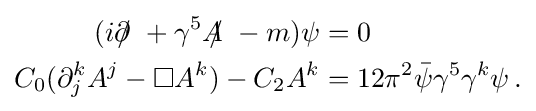
{\begin{aligned}(i\partial \!\!\!/\ +\gamma ^{5}A\!\!\!/\ -m)\psi &=0\\C_{0}(\partial _{j}^{k}A^{j}-\Box A^{k})-C_{2}A^{k}&=12\pi ^{2}{\bar {\psi }}\gamma ^{5}\gamma ^{k}\psi \,.\end{aligned}}